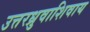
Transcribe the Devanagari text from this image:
उत्तरध्रुवाशिवाय